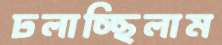
ঢলাচ্ছিলাম